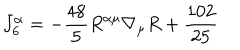
LaTeX: J _ { 6 } ^ { \alpha } = - \frac { 4 8 } { 5 } R ^ { \alpha \mu } \nabla _ { \mu } R + { \frac { 1 0 2 } { 2 5 } }